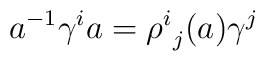
a^{-1}\gamma^{i}a={\rho^{i}}_{j}(a)\gamma^{j}